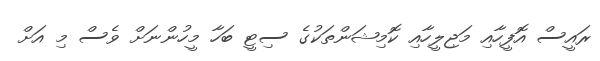
ރައީސް އޮފީހާއި މަޖިލީހާއި ކޮމިޝަންތަކުގެ ސިޓީ ބަހާ މީހުންނަށް ވެސް މި އަށް